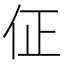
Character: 佂